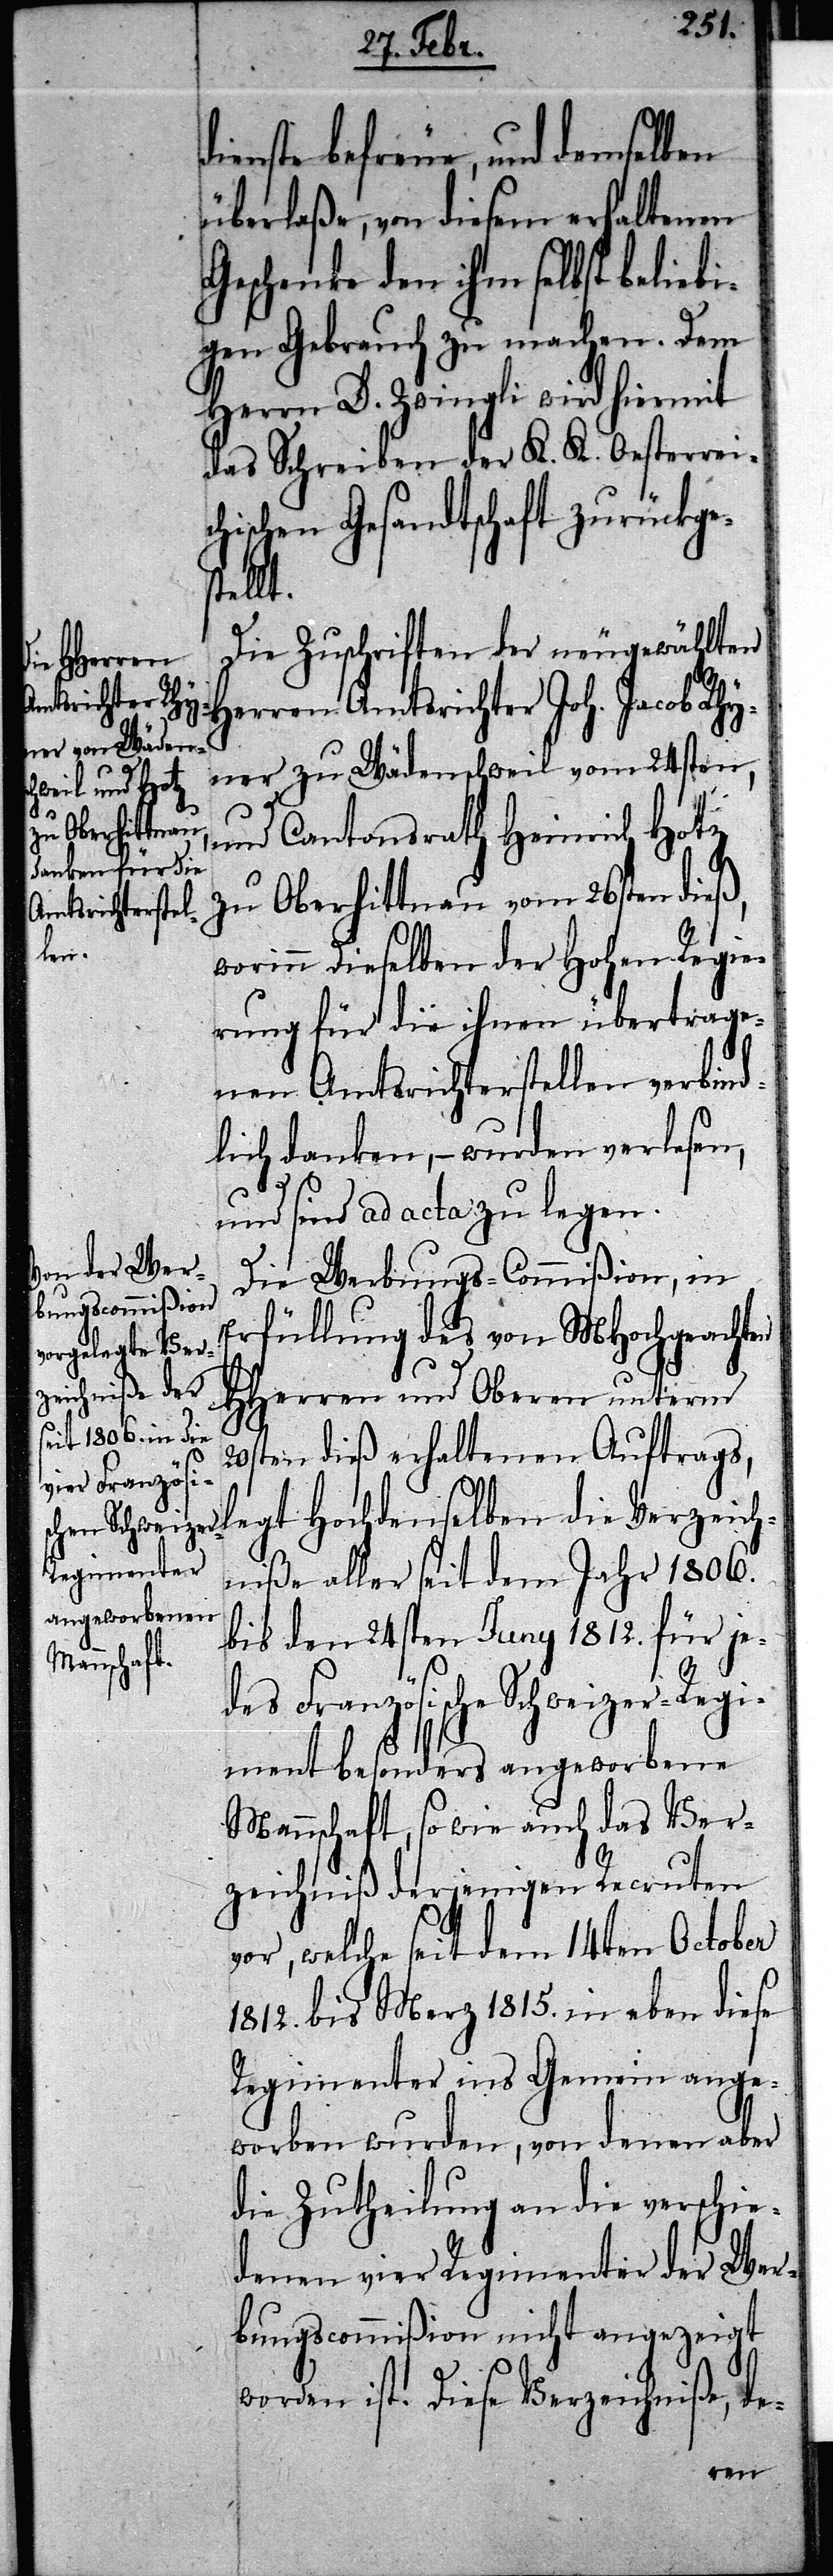
dienste befreue, und demselben
überlaße, von diesem erhaltenen
Geschenke den ihm selbst beliebi¬
gen Gebrauch zu machen. Dem
Herrn D. Zwingli wird hiermit
das Schreiben der K. K. Oesterreic¬
hischen Gesandtschaft zurückges¬
tellt.
Die Zuschriften der neugewählte¬
n Herren Amtsrichter Joh. Jacob Rhy¬
ner zu Wädenschweil vom 24sten,
und Cantonsrath Heinrich Ho¬
tz zu Oberhittnau vom 26sten dieß,
worinn Dieselben der Hohen Regie¬
rung für die ihnen übertrage¬
nen Amtsrichterstellen verbind¬
lich danken, – wurden verlesen,
und sind ad acta zu legen.
Die Werbungs-Commißion, in
Erfüllung des von MHochgeachten
HHerren und Oberen unterm
20sten dieß erhaltenen Auftrags,
legt Hochdenselben die Verzeich¬
nisse aller seit dem Jahr 1806.
bis den 24sten Juny 1812. für je¬
des Französische Schweizer-Regi¬
ment besonders angeworbene
Mannschaft, so wie auch das Ver¬
zeichniß derjenigen Recruten
vor, welche seit dem 14ten October
1812. bis Merz 1815. in eben diese
Regimenter ins Gemein ange¬
worben wurden, von denen aber
die Zutheilung an die verschie¬
denen vier Regimenter der Wer¬
bungscommißion nicht angezeigt
worden ist. Diese Verzeichniße, de-